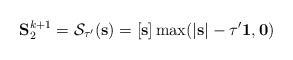
\begin{align*}\mathbf{S}_2^{k+1}=\mathcal{S}_{\tau'}(\mathbf{s}) = [\mathbf{s}]\max(|\mathbf{s}|-\tau' \mathbf{1},\mathbf{0}) \end{align*}